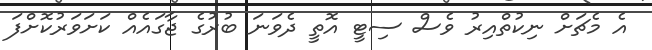
އެ މެޗަށް ނިކުތްއިރު ވެސް ސިޓީ އޮތީ ދެވަނަ ބުރުގެ ޖާގައެއް ކަށަވަރުކޮށްފަ